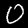
Digit: 0